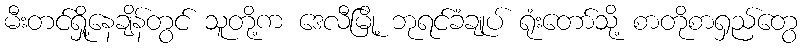
မီးတင်ရှို့နေချိန်တွင် သူတို့က ဒေလီမြို့ ဘုရင်ခံချုပ် ရုံးတော်သို့ စာတိုစာရှည်တွေ